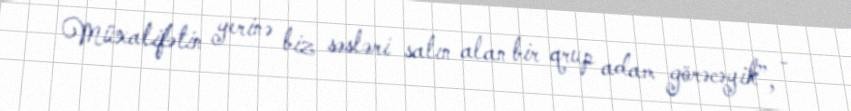
Müxalifətin yerinə biz səsləri satın alan bir qrup adam görəcəyik”, -